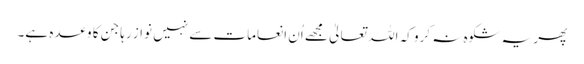
پھر یہ شکوہ نہ کرو کہ اللہ تعالیٰ مجھے اُن انعامات سے نہیں نواز رہا جن کا وعدہ ہے۔